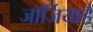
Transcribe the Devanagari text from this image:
जॉर्जियाहै